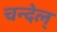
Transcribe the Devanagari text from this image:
चन्देल्